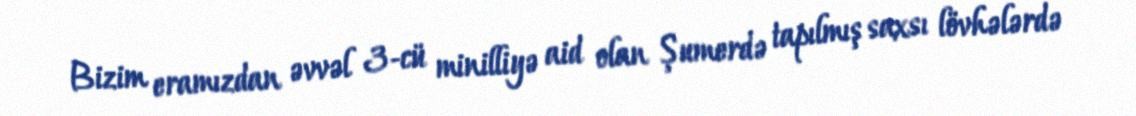
Bizim eramızdan əvvəl 3-cü minilliyə aid olan Şumerdə tapılmış saxsı lövhələrdə